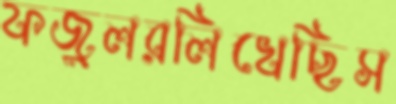
ফজুলরলিখেছিস